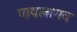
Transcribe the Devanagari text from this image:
पायलागव